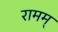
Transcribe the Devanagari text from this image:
रामम्